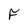
Character: F